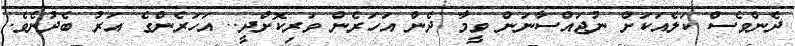
ދެންވެސް ކަލެއަކަށް ނުޖައްސާނަން ވީމާ ދެން އަހަރެން ވަރިކޮށްދީ.. އަހަރެންގެ އަރު ބެދުނެވެ.